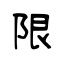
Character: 限